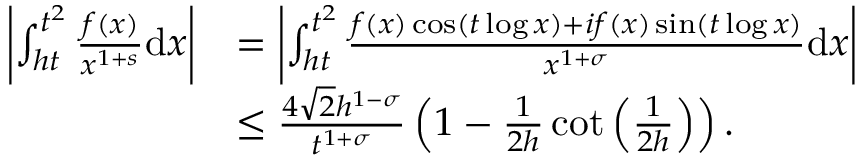
\begin{array} { r l } { \left| \int _ { h t } ^ { t ^ { 2 } } \frac { f ( x ) } { x ^ { 1 + s } } \mathrm { d } x \right| } & { = \left| \int _ { h t } ^ { t ^ { 2 } } \frac { f ( x ) \cos ( t \log x ) + i f ( x ) \sin ( t \log x ) } { x ^ { 1 + \sigma } } \mathrm { d } x \right| } \\ & { \le \frac { 4 \sqrt { 2 } h ^ { 1 - \sigma } } { t ^ { 1 + \sigma } } \left( 1 - \frac { 1 } { 2 h } \cot \left( \frac { 1 } { 2 h } \right) \right) . } \end{array}